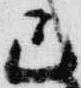
己